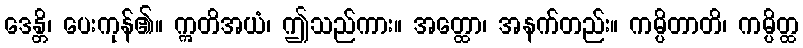
ဒေန္တိ၊ ပေးကုန်၏။ ဣတိအယံ၊ ဤသည်ကား။ အတ္ထော၊ အနက်တည်း။ ကမ္ပိတာတိ၊ ကမ္ပိတ္ထ